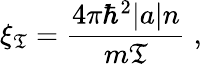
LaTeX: \xi_{\mathfrak{T}}=\frac{{4\pi\hbar^{2}|a|n}}{{m\mathfrak{T}}}\; ,